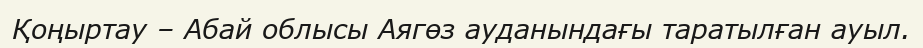
Қоңыртау – Абай облысы Аягөз ауданындағы таратылған ауыл.